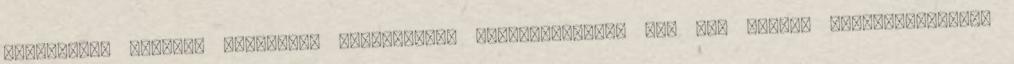
mostanihoz mérhető időjárási körülmények emberemlékezet óta nem voltak Magyarországon.